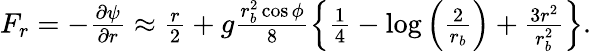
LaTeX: \begin{array}{r}{F_{r}=-\frac{\partial\psi}{\partial r}\approx\frac{r}{2}+g\frac{r_{b}^{2}\cos\phi}{8}\left\{ \frac{1}{4}-\log\left(\frac{2}{r_{b}}\right)+\frac{3r^{2}}{r_{b}^{2}}\right\} .}\end{array}